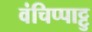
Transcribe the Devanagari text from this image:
वंचिप्पाट्टु